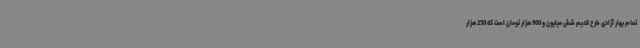
تمام بهار آزادی طرح قدیم شش میلیون و 900 هزار تومان است که 250 هزار